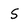
Character: s